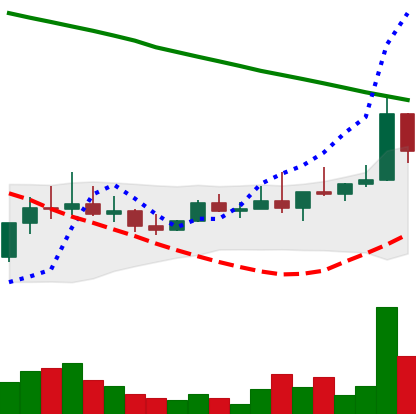
Ticker: DOGE-USD
Chart end date: 2022-08-15
Forward return: -9.359%
Label: down_7plus